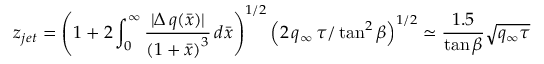
z _ { j e t } = \left( 1 + 2 \int _ { 0 } ^ { \infty } \frac { | \Delta \, q ( \bar { x } ) | } { \left( 1 + \bar { x } \right) ^ { 3 } } \, d \bar { x } \right) ^ { 1 / 2 } \left( 2 \, q _ { \infty } \, \tau / \tan ^ { 2 } \beta \right) ^ { 1 / 2 } \simeq \frac { 1 . 5 } { \tan \beta } \sqrt { q _ { \infty } \tau }